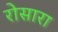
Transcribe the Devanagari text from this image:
रोसारा